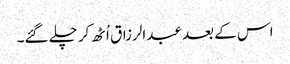
اس کے بعد عبدالرزاق اُٹھ کر چلے گئے۔